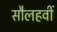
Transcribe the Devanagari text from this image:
सौलहवीं